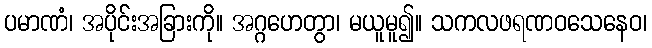
ပမာဏံ၊ အပိုင်းအခြားကို။ အဂ္ဂဟေတွာ၊ မယူမူ၍။ သကလဖရဏဝသေနေဝ၊